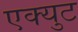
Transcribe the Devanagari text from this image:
एक्युट